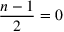
\frac { n - 1 } { 2 } = 0